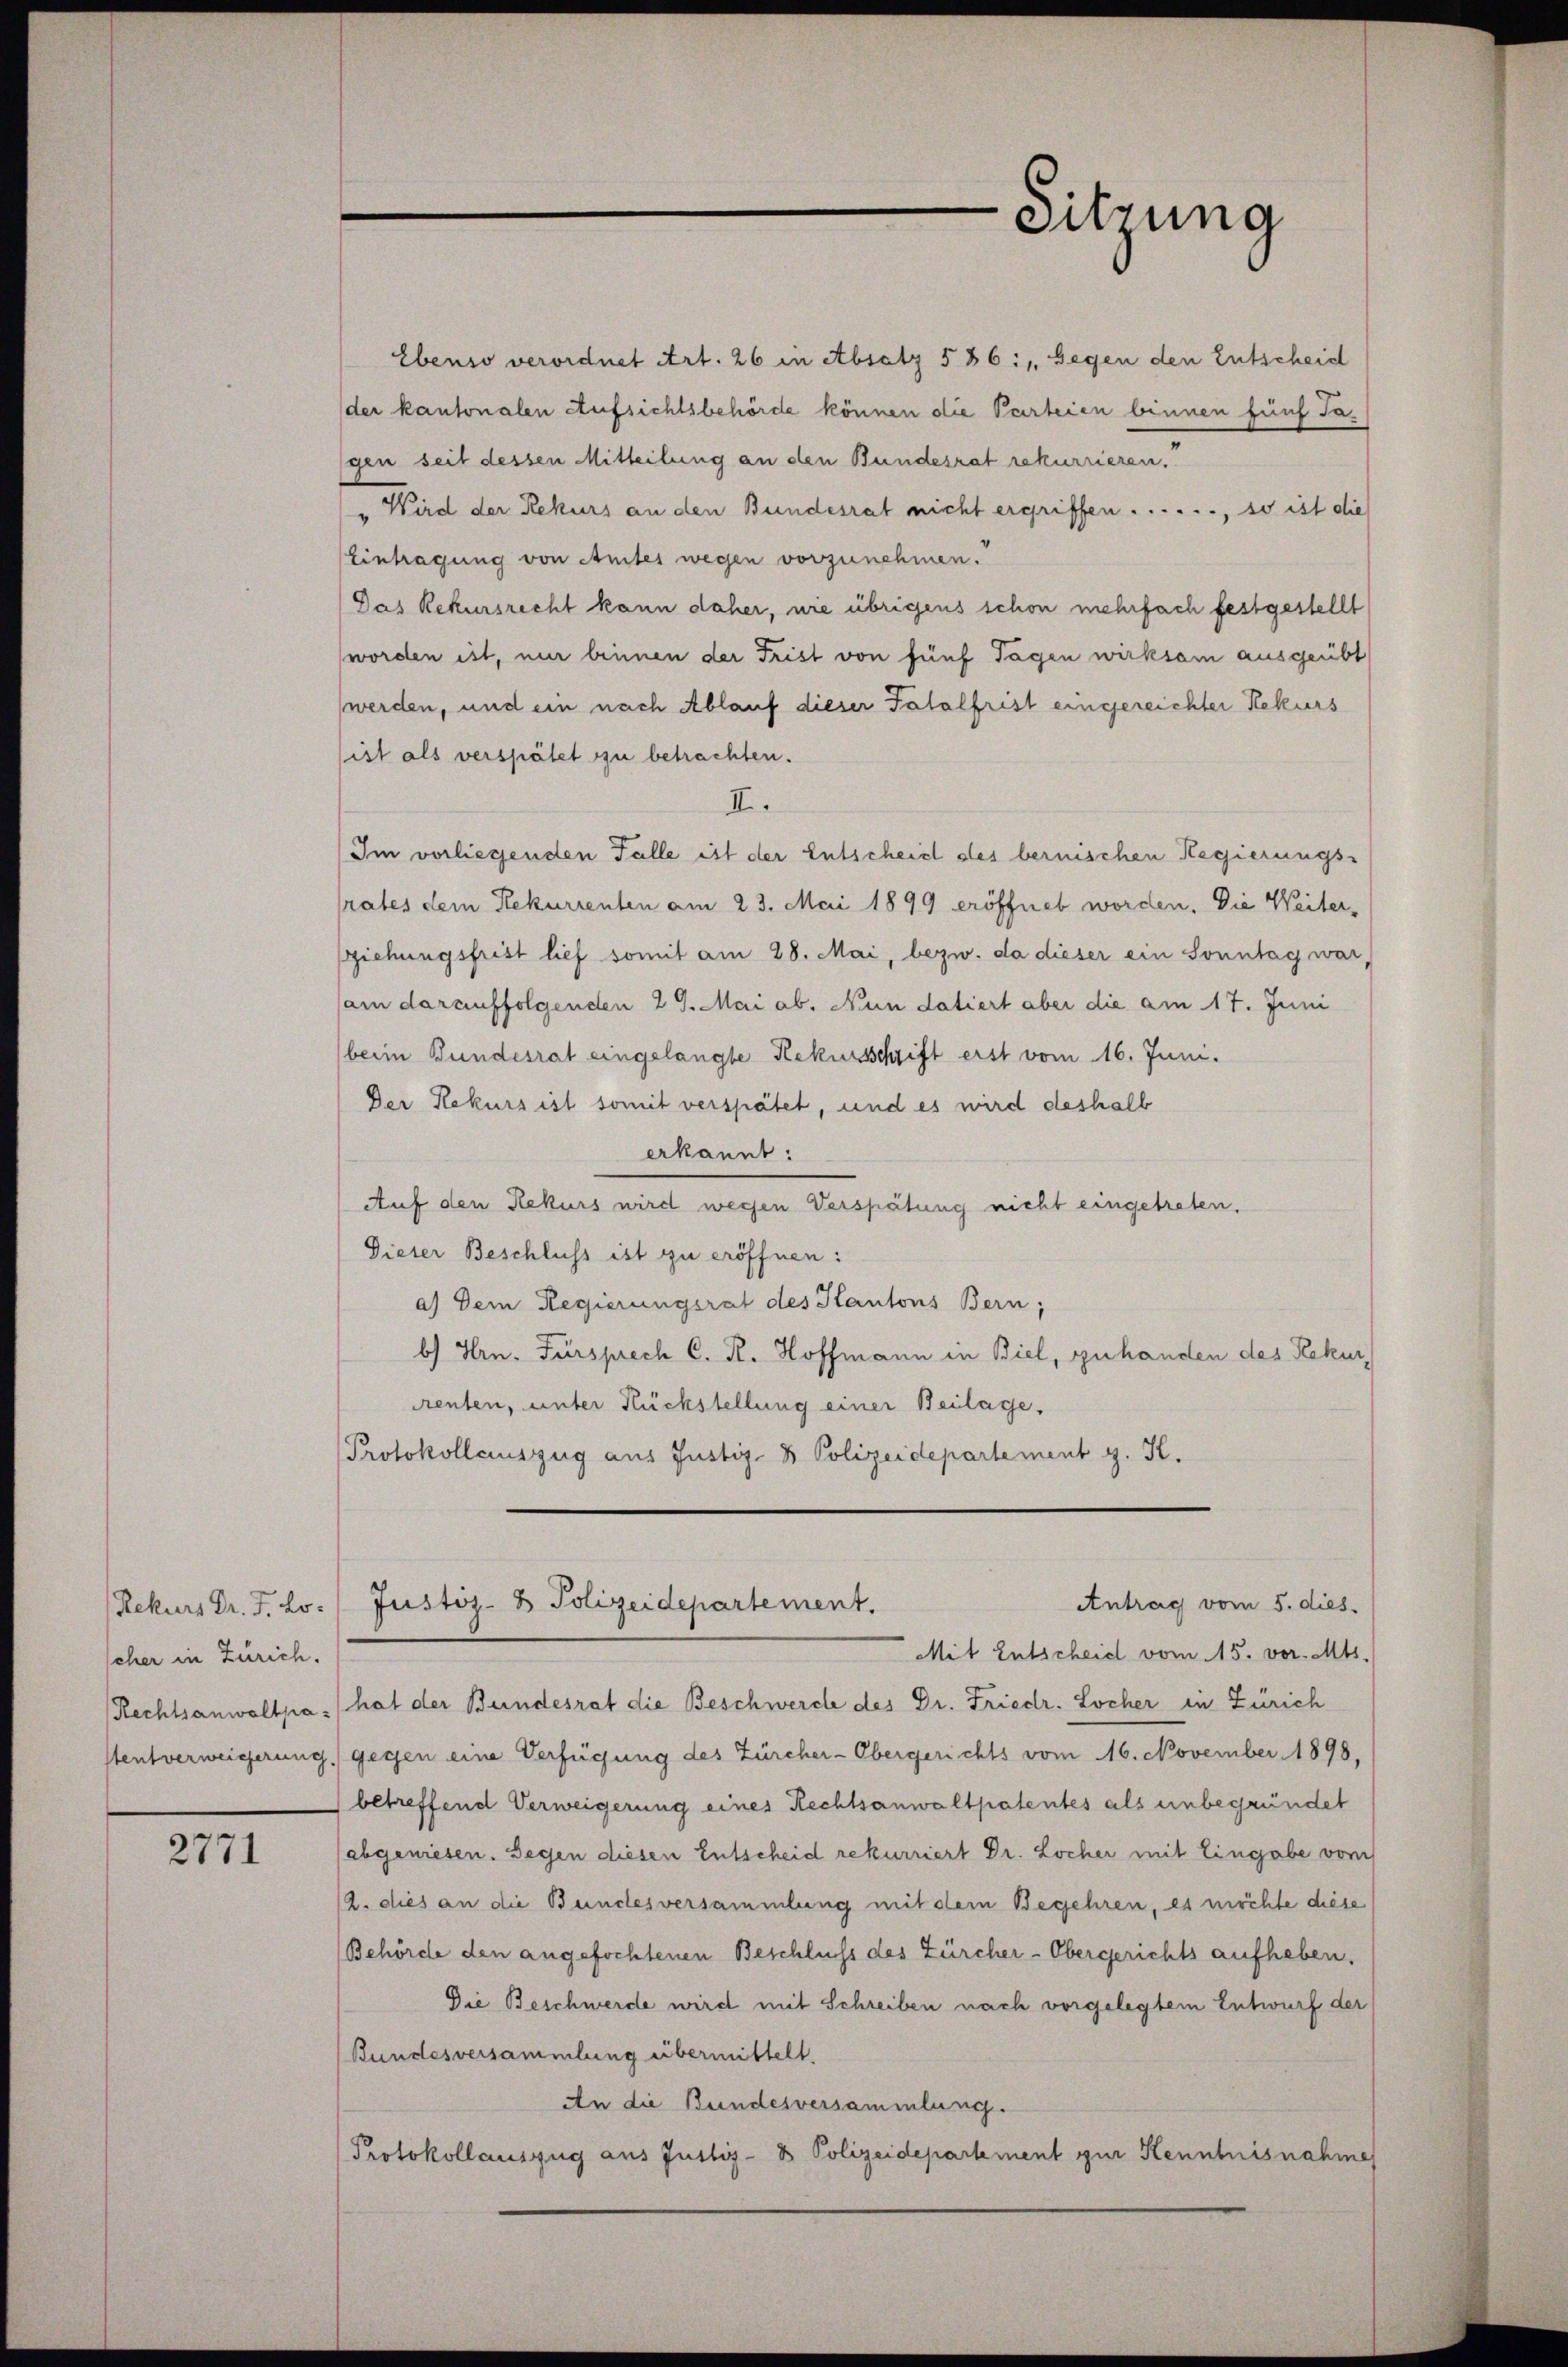
scher in Zürich.

2771

Ebenso verordnet Art. 26 in Absatz 586: „Gegen den Entscheid
der kantonalen Aufsichtsbehörde können die Parteien binnen fünf Tagen seit dessen Mitteilung an den Bundesrat rekurrieren.
" Wird der Rekurs an den Bundesrat nicht ergriffen . . . . . ., so ist die
Eintragung von Amtes wegen vorzunehmen.
Das Rekursrecht kann daher, nie übrigens schon mehrfach festgestellt
worden ist, nur binnen der Frist von fünf Tagen wirksam ausgeübt
werden, und ein nach Ablauf dieser Palalfrist eingereichter Rekurs
sist als verspätet zu betrachten.
I.
Im vorliegenden Falle ist der Entscheid des bernischen Regierungs-
rates dem Rekurrenten am 23. Mai 1899 eröffnet worden. Die Weitersziehungsfrist lief somit am 28. Mai, bezw. da dieser ein Sonntag war,
sam darauffolgenden 29. Mai ab. Nun datiert aber die am 17. Juni
beim Bundesrat eingelangte Rekursschrift erst vom 16. Juni.
Der Rekurs ist somit verspätet, und es wird deshalb
erkannt:
Auf den Rekurs wird wegen Verspätung nicht eingetreten.
Dieser Beschluss ist zu eröffnen:
a) Dem Regierungsrat des Kantons Bern;
b) Hrn. Fürsprech C. R. Hoffmann in Biel, gehanden des Rekurcrenten, unter Rückstellung einer Beilage,
Protokollauszug aus Justiz- & Polizeidepartement z. K.
Antrag vom 5. dies
(Rekurs Dr. F. L. Justiz- & Polizeidepartement.
Mit Entscheid vom 15. vor. Mts.
Rechtsanwaltpa hat der Bundesrat die Beschwerde des Dr. Friedr. Locher in Zürich
stentverweigerung gegen eine Verfügung des Zürcher-Obergerichts vom 16. November 1898,
betreffend Verweigerung eines Rechtsanwaltpatentes als unbegründet
abgewiesen. Gegen diesen Entscheid rekurriert Dr. Locher mit Eingabe vom
2. dies an die Bundesversammlung mit dem Begehren, es möchte diese
Behörde den angefochtenen Beschluss des Zürcher-Obergerichts aufheben.
Die Beschwerde wird mit Schreiben nach vorgelegtem Entwurf der
Bundesversammlung übermittelt.
An die Bundesversammlung.
Protokollauszug aus Justiz- & Polizeidepartement zur Kenntnisnahme

Sitzung